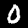
Digit: 0